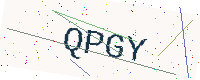
Text: QPGY